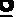
o